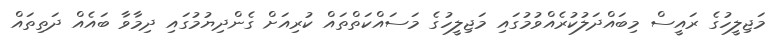
މަޖިލީހުގެ ރައީސް މިބައްދަލުކުރެއްވުމުގައި މަޖިލީހުގެ މަސައްކަތްތައް ކުރިއަށް ގެންދިޔުމުގައި ދިމާވާ ބައެއް ދަތިތައް